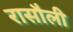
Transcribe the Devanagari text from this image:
रासौली